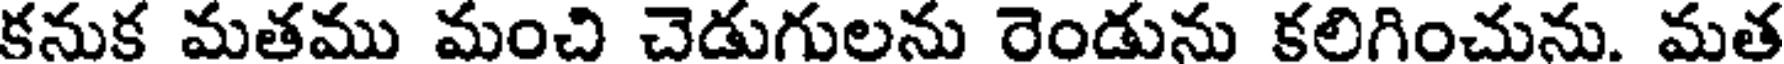
కనుక మతము మంచి చెడుగులను రెండును కలిగించును. మత